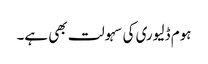
ہوم ڈلیوری کی سہولت بھی ہے۔